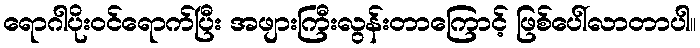
ရောဂါပိုးဝင်ရောက်ပြီး အဖျားကြီးလွန်းတာကြောင့် ဖြစ်ပေါ်လာတာပါ။